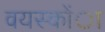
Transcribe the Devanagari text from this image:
वयस्कोंा